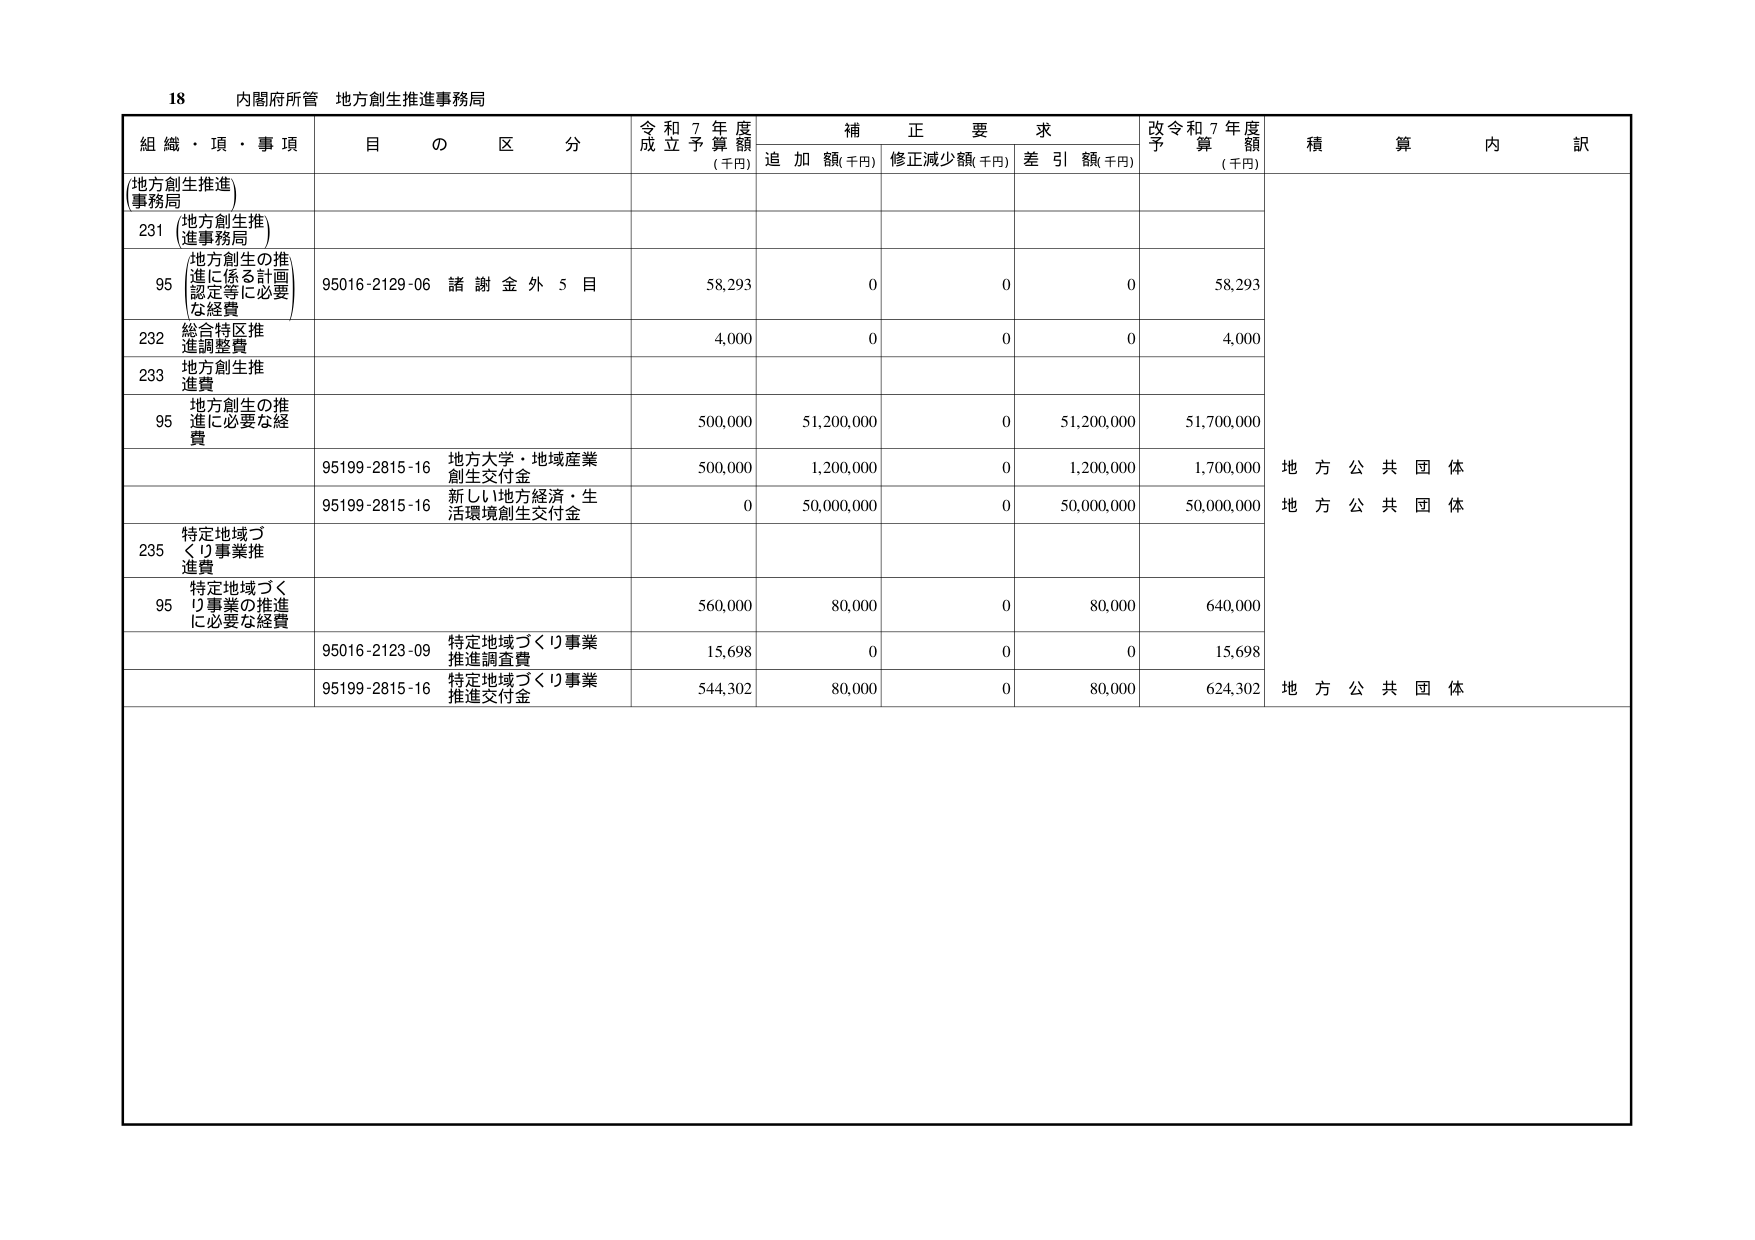
18 内閣府所管 地方創生推進事務局

組織・項・事項 目の区分 令和7年度成立予算額(千円) 補正要求 追加額(千円) 修正減少額(千円) 差引額(千円) 改令和7年度予算額(千円) 積算内訳

(地方創生推進事務局)

231 (地方創生推進事務局)

95 (地方創生の推進に係る計画認定等に必要な経費) 95016-2129-06 諸謝金外5目 58,293 0 0 0 58,293

232 総合特区推進調整費 4,000 0 0 0 4,000

233 地方創生推進費

95 地方創生の推進に必要な経費 500,000 51,200,000 0 51,200,000 51,700,000

95199-2815-16 地方大学・地域産業創生交付金 500,000 1,200,000 0 1,200,000 1,700,000 地方公共団体

95199-2815-16 新しい地方経済・生活環境創生交付金 0 50,000,000 0 50,000,000 50,000,000 地方公共団体

235 特定地域づくり事業推進費

95 特定地域づくり事業の推進に必要な経費 560,000 80,000 0 80,000 640,000

95016-2123-09 特定地域づくり事業推進調査費 15,698 0 0 0 15,698

95199-2815-16 特定地域づくり事業推進交付金 544,302 80,000 0 80,000 624,302 地方公共団体